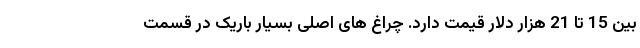
بین 15 تا 21 هزار دلار قیمت دارد. چراغ های اصلی بسیار باریک در قسمت